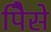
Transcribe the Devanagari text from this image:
पैिसे